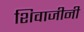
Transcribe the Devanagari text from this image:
शिवाजीनी